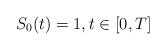
LaTeX: \begin{align*} S_0(t)=1, t\in[0, T]\end{align*}